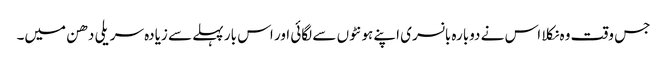
جس وقت وہ نکلا اس نے دوبارہ بانسری اپنے ہونٹوں سے لگائی اور اس بار پہلے سے زیادہ سریلی دھن میں۔